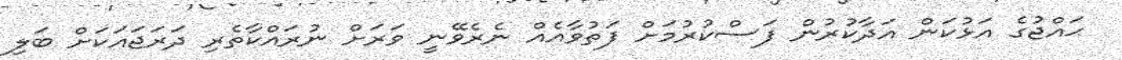
ޙައްޖުގެ އަޅުކަން އަދާކުރުން ފަސްކުރުމަށް ފަތުވާއެއް ނެރެވޭނީ ވަރަށް ނުރައްކާތެރި ދަރަޖައަކަށް ބަލި